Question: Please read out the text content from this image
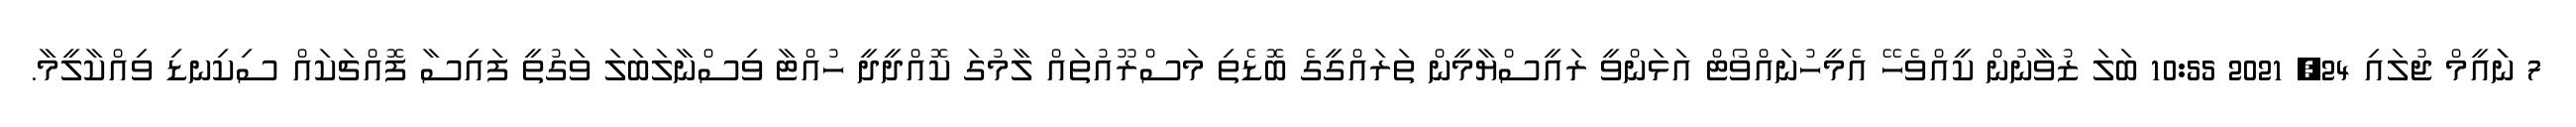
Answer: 7 ނަައީމް ޖުލައި 24, 2021 10:55 ބަލަ ޒުވާނުން ކީއްވެހޭ އެމީހުނައްވޯޓް އަޅަންވީ ރައީސްޔާމީން ތަރައްގީގެ ބޮޑެތި މަސްރޫއުތައް ލާމުގަ ކޮއްދީދީ ހުއްޓާ ވިސްނާލަބަލަ ވަގުތީ ފައިސާ ފޮއްޗަކައް ސިކިނޑި ވިއްކާލީމާ.